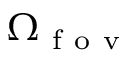
\Omega _ { \mathrm { ~ f ~ o ~ v ~ } }